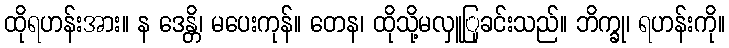
ထိုရဟန်းအား။ န ဒေန္တိ၊ မပေးကုန်။ တေန၊ ထိုသို့မလှူြုခင်းသည်။ ဘိက္ခု၊ ရဟန်းကို။